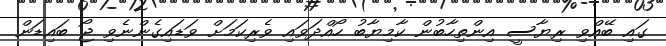
ގައި ބޭއްވި ރިޔާސީ އިންތިހާބުން ކާމިޔާބު ހޯއްދަވައި ވެރިކަމަށް ވަޑައިގެންނެވި ޖޯ ބައިޑަން